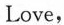
Love,